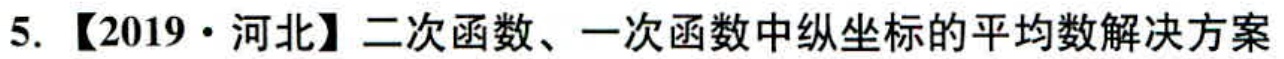
5. 【2019·河北】二次函数、一次函数中纵坐标的平均数解决方案